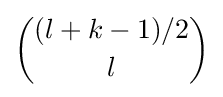
{\binom {(l+k-1)/2}{l}}